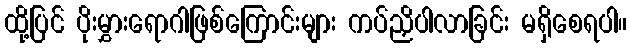
ထို့ပြင် ပိုးမွှားရောဂါဖြစ်ကြောင်းများ ကပ်ညှိပါလာခြင်း မရှိစေရပါ။